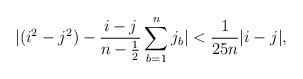
LaTeX: \begin{align*}|(i^2-j^2)-\frac{i-j}{n-\frac12}\sum_{b=1}^nj_b|<\frac{1}{25n}|i-j|,\end{align*}